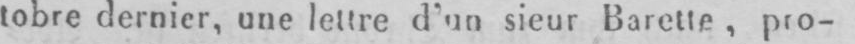
tobre dernier, une lettre d’un sieur Barette, pro-